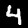
Digit: 4